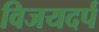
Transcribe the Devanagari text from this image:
विजयदर्प